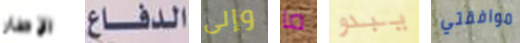
الإطار الدفاع وإلى ما يبدو موافقتي